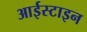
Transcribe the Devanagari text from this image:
आईस्टाइन